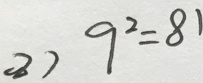
( 2 ) 9 ^ { 2 } = 8 1